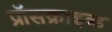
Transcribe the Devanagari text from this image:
प्रॉसक्राइब्ड